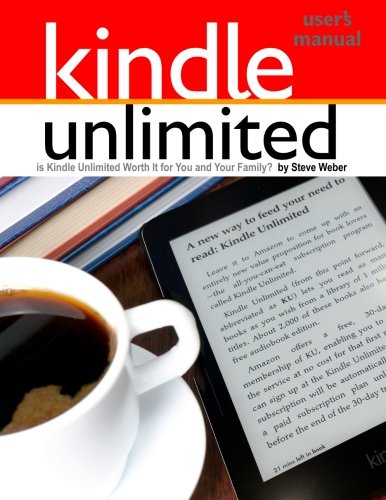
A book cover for Kindle Unlimited Users Manual: Is Kindle Unlimited Worth It for You and Your Family?; Steve Weber; Computers & Technology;